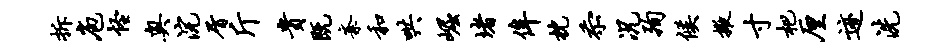
拆庖怪奥浣屑斤贵既紊和哄崛堵侔枕忝况殉候掖寸杷厘迹洗